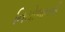
નિયોજનની